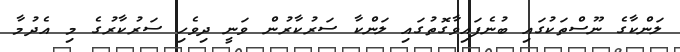
ލަންކާގެ ނޫސްތަކުގައި ބުނެފައިވާގޮތުގައި ލަންކާ ސަރުކާރުން ވަނީ ދިވެހި ސަރުކާރުގެ މި އެދުމާ